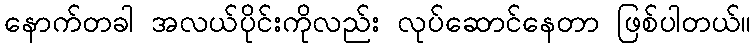
နောက်တခါ အလယ်ပိုင်းကိုလည်း လုပ်ဆောင်နေတာ ဖြစ်ပါတယ်။